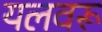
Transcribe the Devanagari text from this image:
यलवरू